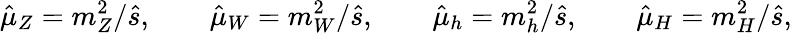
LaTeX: \hat{\mu}_{Z}=m_{Z}^{2}/\hat{s},\qquad\hat{\mu}_{W}=m_{W}^{2}/\hat{s},\qquad\hat{\mu}_{h}=m_{h}^{2}/\hat{s},\qquad\hat{\mu}_{H}=m_{H}^{2}/\hat{s},